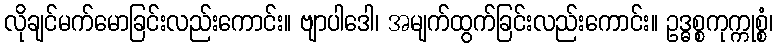
လိုချင်မက်မောခြင်းလည်းကောင်း။ ဗျာပါဒေါ၊ အမျက်ထွက်ခြင်းလည်းကောင်း။ ဥဒ္ဓစ္စကုက္ကုစ္စံ၊